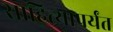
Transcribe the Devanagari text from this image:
साहित्यापर्यंत